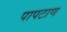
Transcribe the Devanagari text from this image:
पापटाण